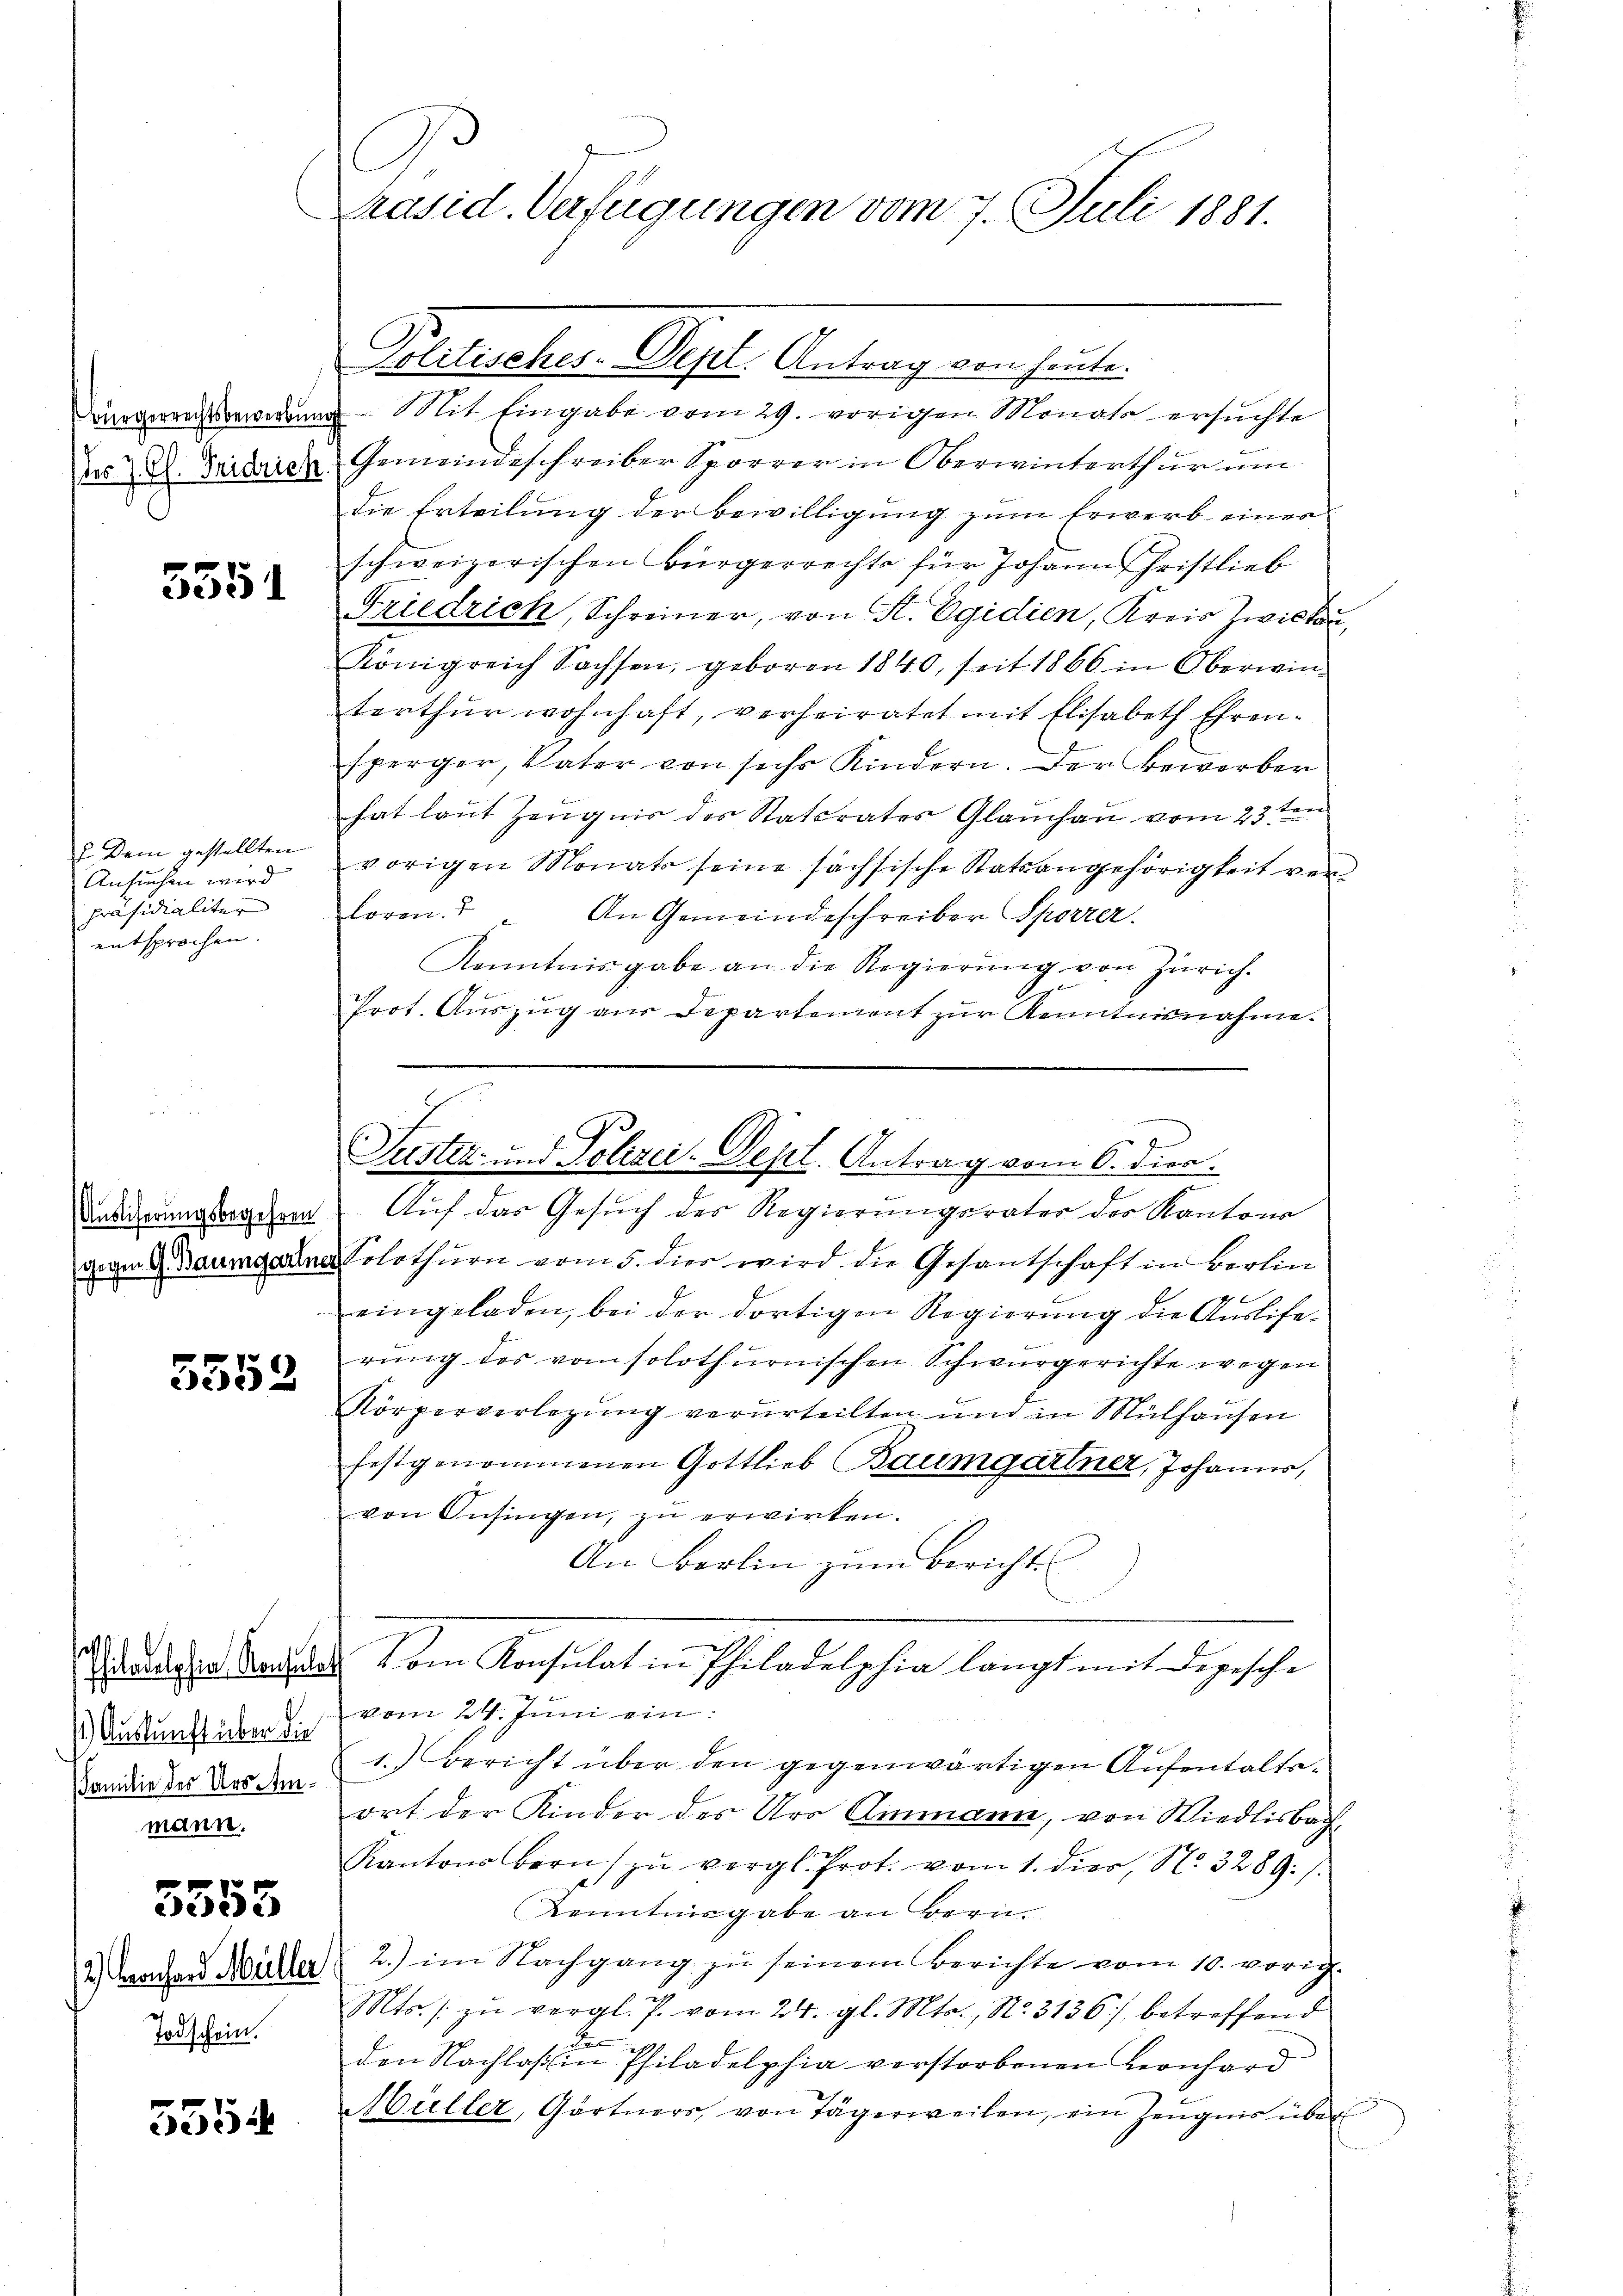
Bürgerrechtsbewerbung

5551

Dem gestellten
Ansuchen wird
Präsidialiter
entsprochen. |

Auslieferungsbegehren

5553

Philadelphia Konsul
) Auskunft über die
FFamilie des Ursammann.

5553

Todschein.

3554

Präsid. Verfügungen vom 7. Juli 1881.

Beltrecher. Sept. Antrag ein heute.
. Mit Eingabe vom 29. vorigen Monats ersuchte
do D. Turidier Gemeindeschreiber Sporrer in Oberwinterthur um
die Erteilung der Bewilligung zum Erwerb einer
schweizerischen Bürgerrechte für Johann Fristlieb
Friedrich, Schreiner, von St. Egidien, Kreis Zwickau,
Königreich Sachsen, geboren 1840, seit 1866 in Oberwinterthur wohnhaft, verheiratet mit Elisabeth Ehrensperger, Vater von sechs Kindern. Der Bewerber
hat laut Zeugnis des Statcrates Glauchau vom 23ten
vorigen Monats seine sächsische Statsangehörigkeit von
loren. " " An Gemeindeschreiber Sporrer.
Kenntnisgabe an die Regierŭng von Zürich.
Prot. Auszug aus Departement zur Kenntnisnahme.
Auf das Gesuch des Regierungsrates der Kantons
vom 9. Baumgartner Solothurn vom 5. dies wird die Gesantschaft in Berlin

eingeladen, bei der dortigen Regierung die Auslierung des vom solothurnischen Schwurgerichte wegen
Körperverlegung verurteilten und in Mülhausen
festgenommenen Gottlieb Baumgartner, Johanns,
von Insingen, zŭ erwirken.
An Berlin zum Bericht
2. Vom Konsulat in Philadelphia langt mit Depesche
vom 24. Juni ein
1.) Bericht über den gegenwärtigen Aufentaltsort der Kinder des Urs Ammann, von Wiedlisbach¬
Kantons Bern zŭ vergl. Prot. vom 1. dier, No. 3289: /.
Kenntnisgabe an Bern.
2.) Sachen Müller (2. im Nachgang zŭ seinem Berichte vom 10. vorig
Mts. zŭ vergl. P. vom 24. gl. Mts., N. 3136) betreffend
de
den Nachlaß in Philadelphia verstorbenen Leonhard
Müller, Gärtners von Tägerweilen, ein Zeugnis über

Suster- und Polizei-Dept. Antrag vom 6. dien.